Vaccination in the Punjab 1905-1918 - 1905-1918
Year: 1905
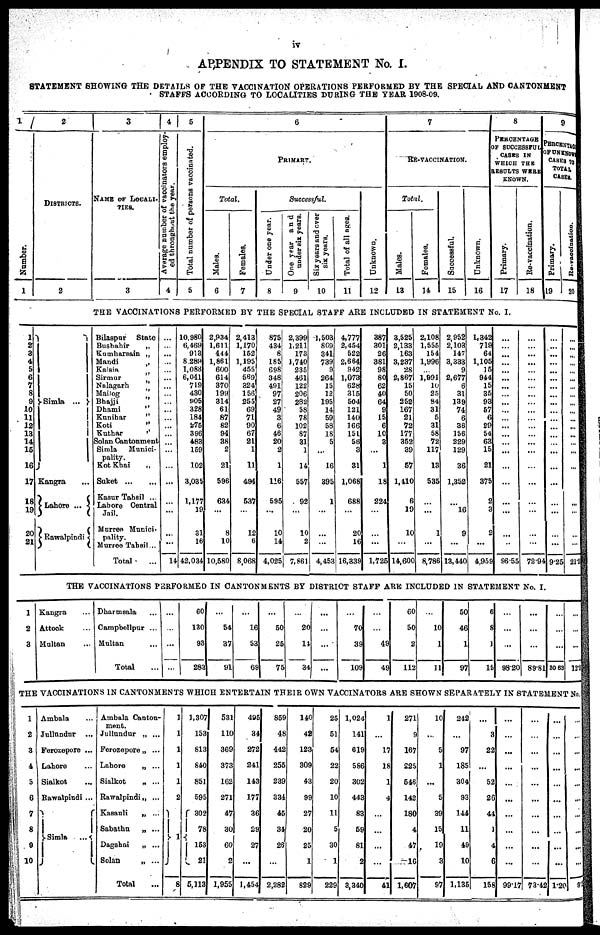
iv
APPENDIX TO STATEMENT No. I.
STATEMENT SHOWING THE DETAILS OF THE VACCINATION OPERATIONS PERFORMED BY THE SPECIAL AND CANTONMENT
STAFFS ACCORDING TO LOCALITIES DURING THE YEAR 1908-09.
1
Number.
1
2
DISTRICTS.
2
3
NAME OF LOCALI¬
-----
3
4
Average Dumber of vaccinators employ-
ed throughout the year.
4
5
Total number of persons vaccinated.
5
6
PRIMARY.
Total.
Males.
6
Females.
7
Successful.
Under one year.
8
One year and
under six years.
9
six years.
10
Total of all ages.
11
Unknown.
12
7
RE-VACCINATION.
Total.
Males.
13
Females.
14
Successful.
15
Unknown.
16
8
PERCENTAGE
OF SUCCESSFUL
CASKS IN
WHICH THE
RESULTS WERE
KNOWN.
Primary.
17
Re-vaccination.
18
9
PERCENTAGE
OF UNKNOWN
CASES TO
TOTAL
CASES.
Primary.
19
Re-vaccination.
20
THE VACCINATIONS PERFORMED BY THE SPECIAL STAFF ARE INCLUDED IN STATEMENT No. I.
1
2
3
4
5
6
7 8
9
10
11
12
13
14
15
16
17
18
19
20
21
Simla ...
Kangra ...
Lahore ...
Rawalpindi
Bilaspur
State
Bushahir
„
Kumharsain „
Mandi
„
Kalsia „
Sirmur „
Nalagarh „
Mailog „
Bhajji
„
Dhami
„
Kunihar
„
Koti „
Kuthar
„
Solan Cantonment
Simla
Munici-
pality.
Kot Khai
„
Suket
... ...
Kasur Tahsil ...
Lahore Central
Jail.
Murree Munici¬
pality.
Murree Tahsil...
Total ...
...
...
...
...
...
...
...
...
...
...
...
...
...
...
...
...
...
...
...
...
...
14
10,980
6,469
913
8,289
1,083
6,041
719
480
905
328
184
275
396
483
159
102
3,035
1,177
19
31
16
42,034
2,934
1,611
444
1,861
600
614
370
199
314
61
87
82
94
38
2
21
596
634
...
8
10
10,580
2,413
1,170
152
1,195
455
569
324
156
255
69
71
90
67
21
1
11
494
537
...
12
6
8,068
875
434
8
185
698
348
491
97
27
49
3
6
46
20
2
1
116
595
...
10
14
4,025
2,399
1,211
173
1,740
235
461
122
206
282
58
78
102
87
31
1
14
557
92
...
10
2
7,861
1,503
809
341
739
9
264
15
12
195
14
59
58
18
5
...
16
395
1
...
...
...
4,453
4,777
2,454
522
2,664
942
1,073
628
315
504
121
140
166
151
56
3
31
1,068
688
...
20
16
16,339
387
301
26
381
98
80
62
40
64
9
15
6
10
3
...
1
18
224
...
...
...
1,725
3,525
2,133
163
3,237
28
2,867
15
50
252
167
21
72
177
352
39
57
1,410
6
19
10
...
14,600
2,108
1,555
154
1,996
...
1,991
10
25
84
31
5
31
58
72
117
13
535
...
...
1
...
8,786
2,952
2,103
147
3,333
9
2,677
6
31
139
74
6
36
156
229
129
36
1,352
...
16
9
...
13,440
1,342
719
64
1,105
15
944
15
35
93
57
6
29
54
63
15
21
375
2
3
2
...
4,959
...
...
...
...
...
...
...
...
...
...
...
...
...
...
...
...
...
...
...
...
...
96.55
...
...
...
...
...
...
...
...
...
...
...
...
...
...
...
...
...
...
...
...
...
72.94
...
...
...
...
...
...
...
...
...
...
...
...
...
...
...
...
...
...
...
...
...
9.25
...
...
...
...
...
...
...
...
...
...
...
...
...
...
...
...
...
...
...
...
...
21.2
THE VACCINATIONS PERFORMED IN CANTONMENTS BY DISTRICT STAFF ARE INCLUDED IN STATEMENT No. I.
1
2
3
Kangra ...
Attock ...
Multan ...
Dharmsala ...
Campbellpur ...
Multan ...
Total ...
...
...
...
...
60
130
93
283
...
54
37
91
...
16
53
69
...
50
25
75
...
20
14
34
...
...
...
...
...
70
39
109
...
...
49
49
60
50
2
112
...
10
1
11
50
46
1
97
6
8
1
15
...
...
...
98.20
...
...
...
89.81
...
...
...
30.63
...
...
...
12
THE VACCINATIONS IN CANTONMENTS WHICH ENTERTAIN THEIR OWN VACCINATORS ARE SHOWN SEPARATELY IN STATEMENT No
1
2
3
4
5
6
7
8
9
10
Ambala ...
Jullundur ...
Ferozepore ...
Lahore ...
Sialkot ...
Rawalpindi ...
Simla ...
Ambala Canton-
ment.
Jullundur „ ...
Ferozepore „ ...
Lahore
„ ...
Sialkot
„ ...
Rawalpindi„ ...
Kasauli
„ ...
Sabathu
„ ...
Dagshai
„ ...
Solan
„ ...
Total ...
1
1
1
1
1
2
1
8
1,307
153
813
840
851
595
302
78
158
21
5,113
531
110
369
373
162
271
47
30
60
2
1,955
495
34
272
241
143
177
36
29
27
...
1,454
859
48
442
255
239
334
45
34
26
...
2,282
140
42
123
309
43
99
27
20
25
1
829
25
51
54
22
20
10
11
5
30
1
229
1,024
141
619
586
302
443
83
59
81
2
3,340
1
...
17
18
1
4
...
...
...
...
41
271
9
167
225
546
142
180
4
47
16
1,607
10
...
5
1
...
5
39
15
19
3
97
242
...
97
185
304
93
144
11
49
10
1,135
...
3
22
...
52
26
44
1
4
6
158
...
...
...
...
...
...
...
...
...
...
99.17
...
...
...
...
...
...
...
...
...
...
73.42
...
...
...
...
...
...
...
...
...
...
1.20
...
...
...
...
...
...
...
...
...
...